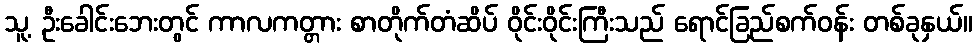
သူ့ ဦးခေါင်းဘေးတွင် ကာလကတ္တား စာတိုက်တံဆိပ် ဝိုင်းဝိုင်းကြီးသည် ရောင်ခြည်စက်ဝန်း တစ်ခုနှယ်။